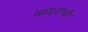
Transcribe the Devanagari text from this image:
वादनांची